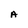
Character: A